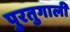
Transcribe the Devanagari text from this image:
पुरतुगाली